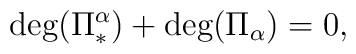
\hbox{deg}(\Pi_*^{\alpha})+\hbox{deg}(\Pi_{\alpha})=0,